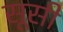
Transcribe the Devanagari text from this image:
सूसी